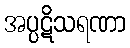
အပ္ပဋိသရဏာ